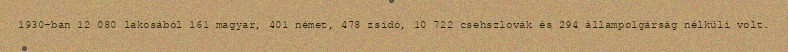
1930-ban 12 080 lakosából 161 magyar, 401 német, 478 zsidó, 10 722 csehszlovák és 294 állampolgárság nélküli volt.